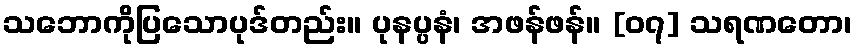
သဘောကိုပြသောပုဒ်တည်း။ ပုနပ္ပနံ၊ အဖန်ဖန်။ [၀၇] သရဏတော၊